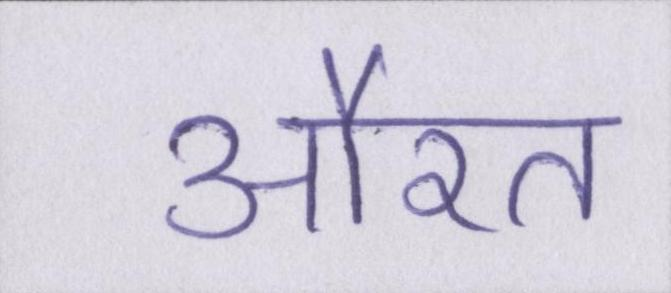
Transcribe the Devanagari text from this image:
औरत